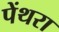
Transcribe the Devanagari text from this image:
पेंथरा